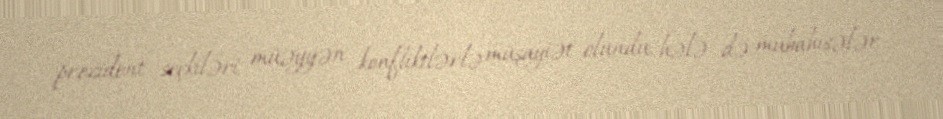
prezident seçkiləri müəyyən konfliktlərlə müşayiət olundu, hələ də mübahisələr